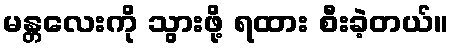
မန္တလေးကို သွားဖို့ ရထား စီးခဲ့တယ်။